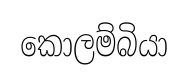
කොලම්බියා